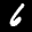
Label: 6